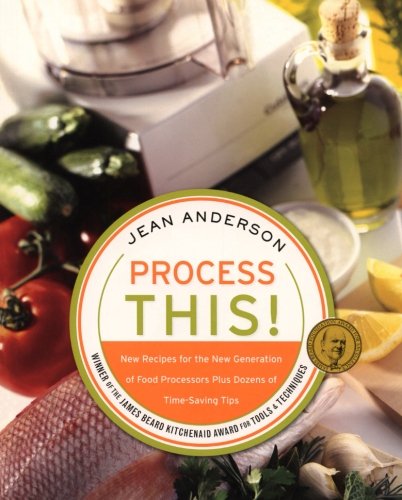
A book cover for Process This: New Recipes for the New Generation of Food Processors Plus Dozens of Time-Saving Tips; Jean Anderson; Cookbooks, Food & Wine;